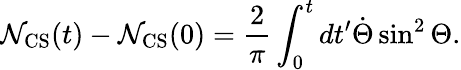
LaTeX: \mathcal{N}_{\mathrm{{CS}}}(t)-\mathcal{N}_{\mathrm{{CS}}}(0)=\frac{{2}}{{\pi}}\int_{0}^{t}dt^{\prime}\dot{{\Theta}}\sin^{2}\Theta.